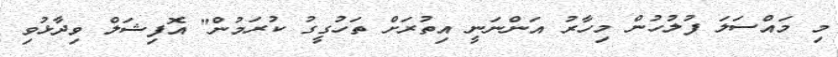
މި މައްސަލަ ފުލުހުން މިހާރު އަންނަނީ އިތުރަށް ތަހުގީގު ކުރަމުން" އޮފިޝަލް ވިދާޅުވި